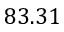
8 3 . 3 1